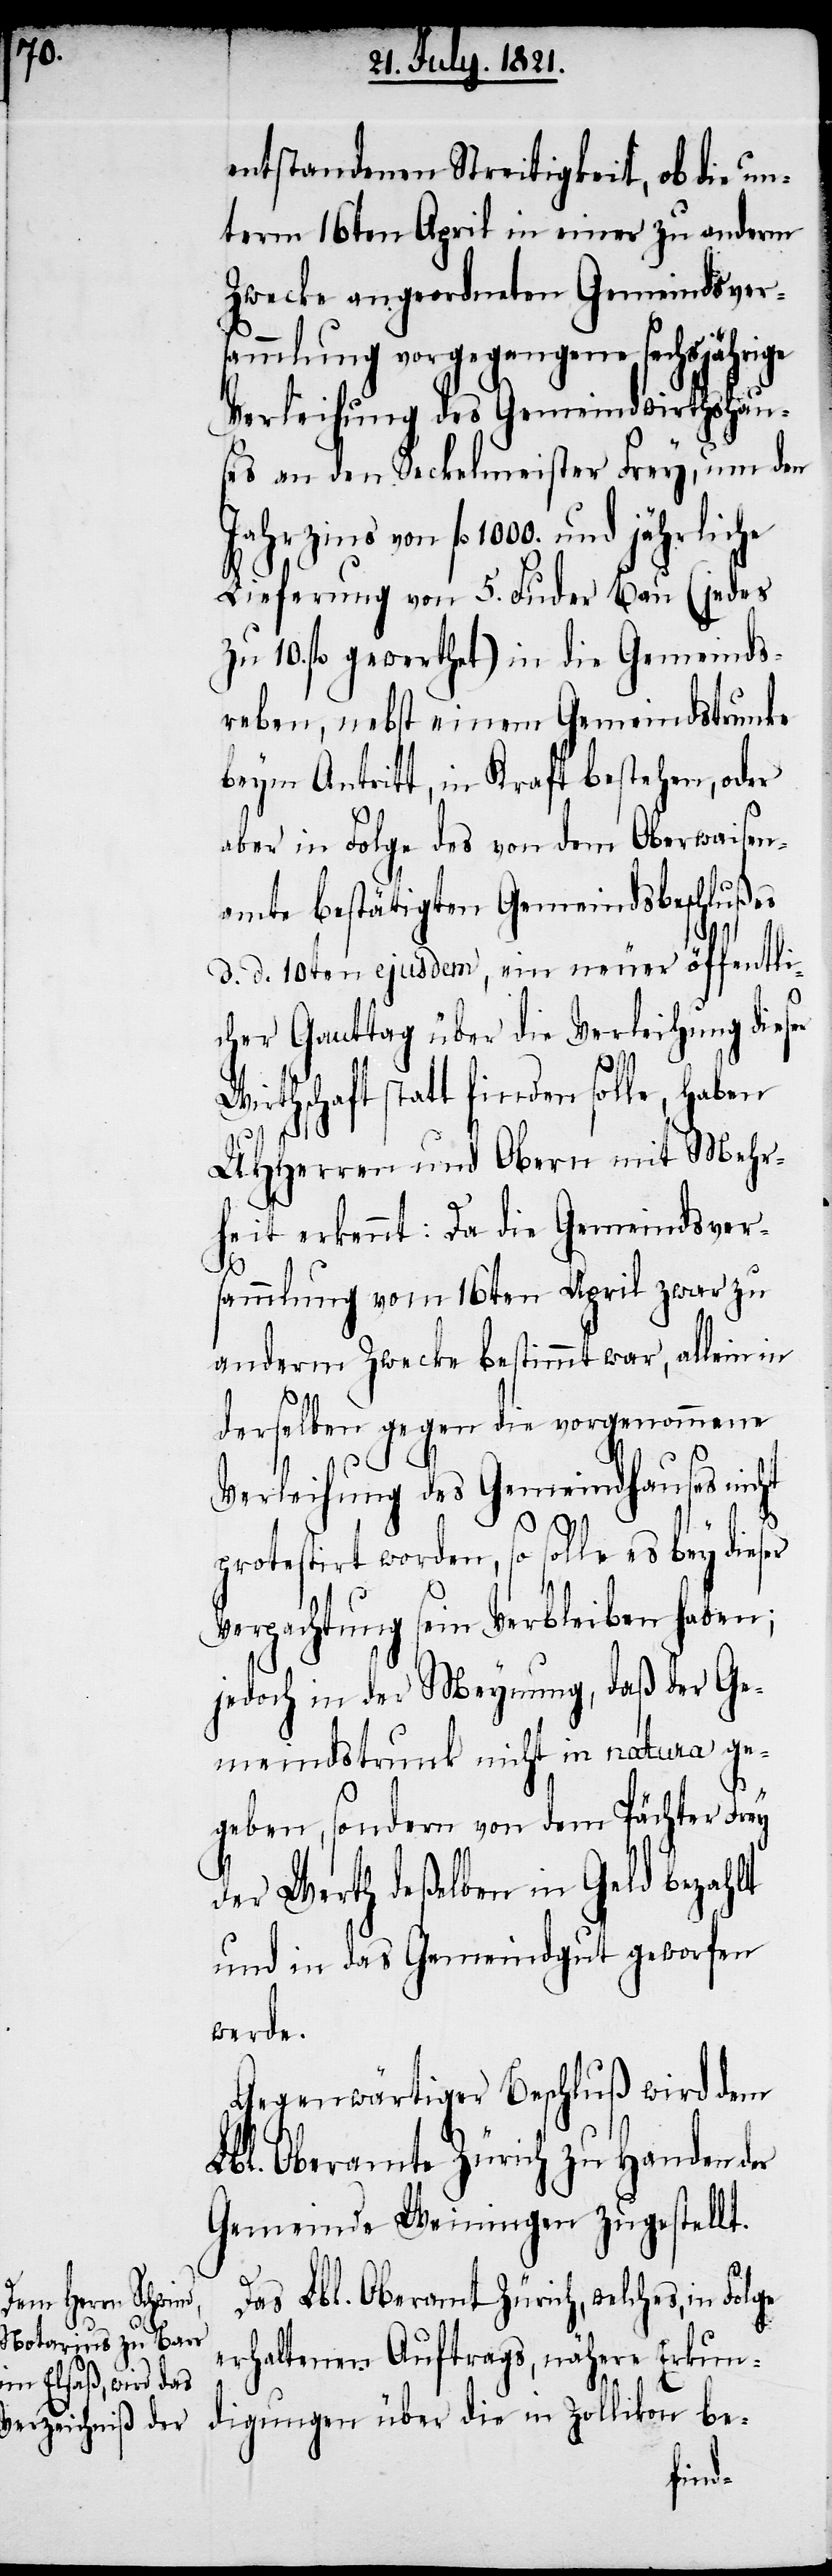
entstandenen Streitigkeit, ob die un¬
term 16ten April in einer zu anderm
Zwecke angeordneten Gemeindsvers¬
ammlung vorgegangene sechsjährige
Verleihung des Gemeindswirthshau¬
ses an den Seckelmeister Frey, um den
von fl. 1000. und jährliche
Lieferung von 5. Luder Bau (jedes
zu 10. fl. gewerthet) in die Gemeinds¬
reben, nebst einem Gemeindstrunke
beym Antritt, in Kraft bestehen, oder
aber in Folge des von dem Oberwaisen¬
amte bestätigten Gemeindsbeschlußes
d. d. 10ten ejusdem, ein neuer öffentli¬
cher Ganttag über die Verleihung dieser
rthschaft statt finden solle, haben
UHHerren und Obern mit Mehr¬
heit erkennt: Da die Gemeindsver¬
sammlung vom 16ten April zu
anderm Zwecke bestimmt war, allein in
derselben gegen die vorgenommene
Verleihung des Gemeindhauses nicht
ge
protestirt worden, so solle es bey
Verpachtung sein Verbleiben haben;
jedoch in der Meynung, daß der Ge¬
meindstrunk nicht in natura ge¬
geben, sondern von dem Pächter Frey
der Werth deßelben in Geld bezahlt
und in das Gemeindgut geworfen
werde.
Gegenwärtiger Beschluß wird dem
Lbl. Oberamte Zürich zu Handen der
Gemeinde Weiningen zugestellt.
Das Lbl. Oberamt Zürich, welches, in Fol¬
erhaltenen Auftrags, nähere Erkun¬
digungen über die in Zollikon be-